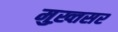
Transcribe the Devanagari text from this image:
मुख़्तसर